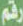
رقم